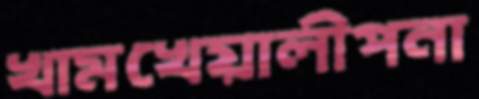
খামখেয়ালীপনা